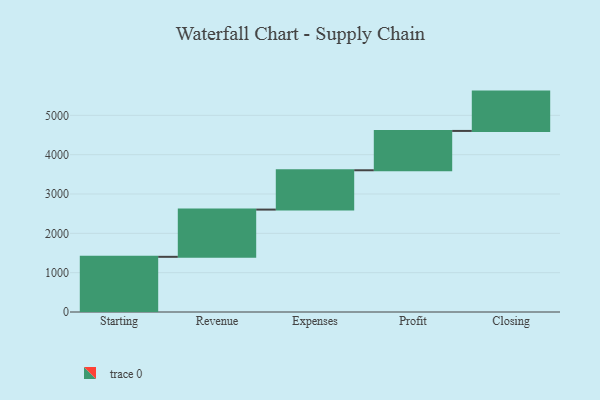
{"axis": {"x": "Step", "y": "Value"}, "legend": [""], "data": [{"x": "Starting", "y": 1403.0, "type": ""}, {"x": "Revenue", "y": 1201.0, "type": ""}, {"x": "Expenses", "y": 1000, "type": ""}, {"x": "Profit", "y": 1000, "type": ""}, {"x": "Closing", "y": 1000, "type": ""}]}